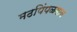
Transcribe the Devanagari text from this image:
मठपिंपळगाव